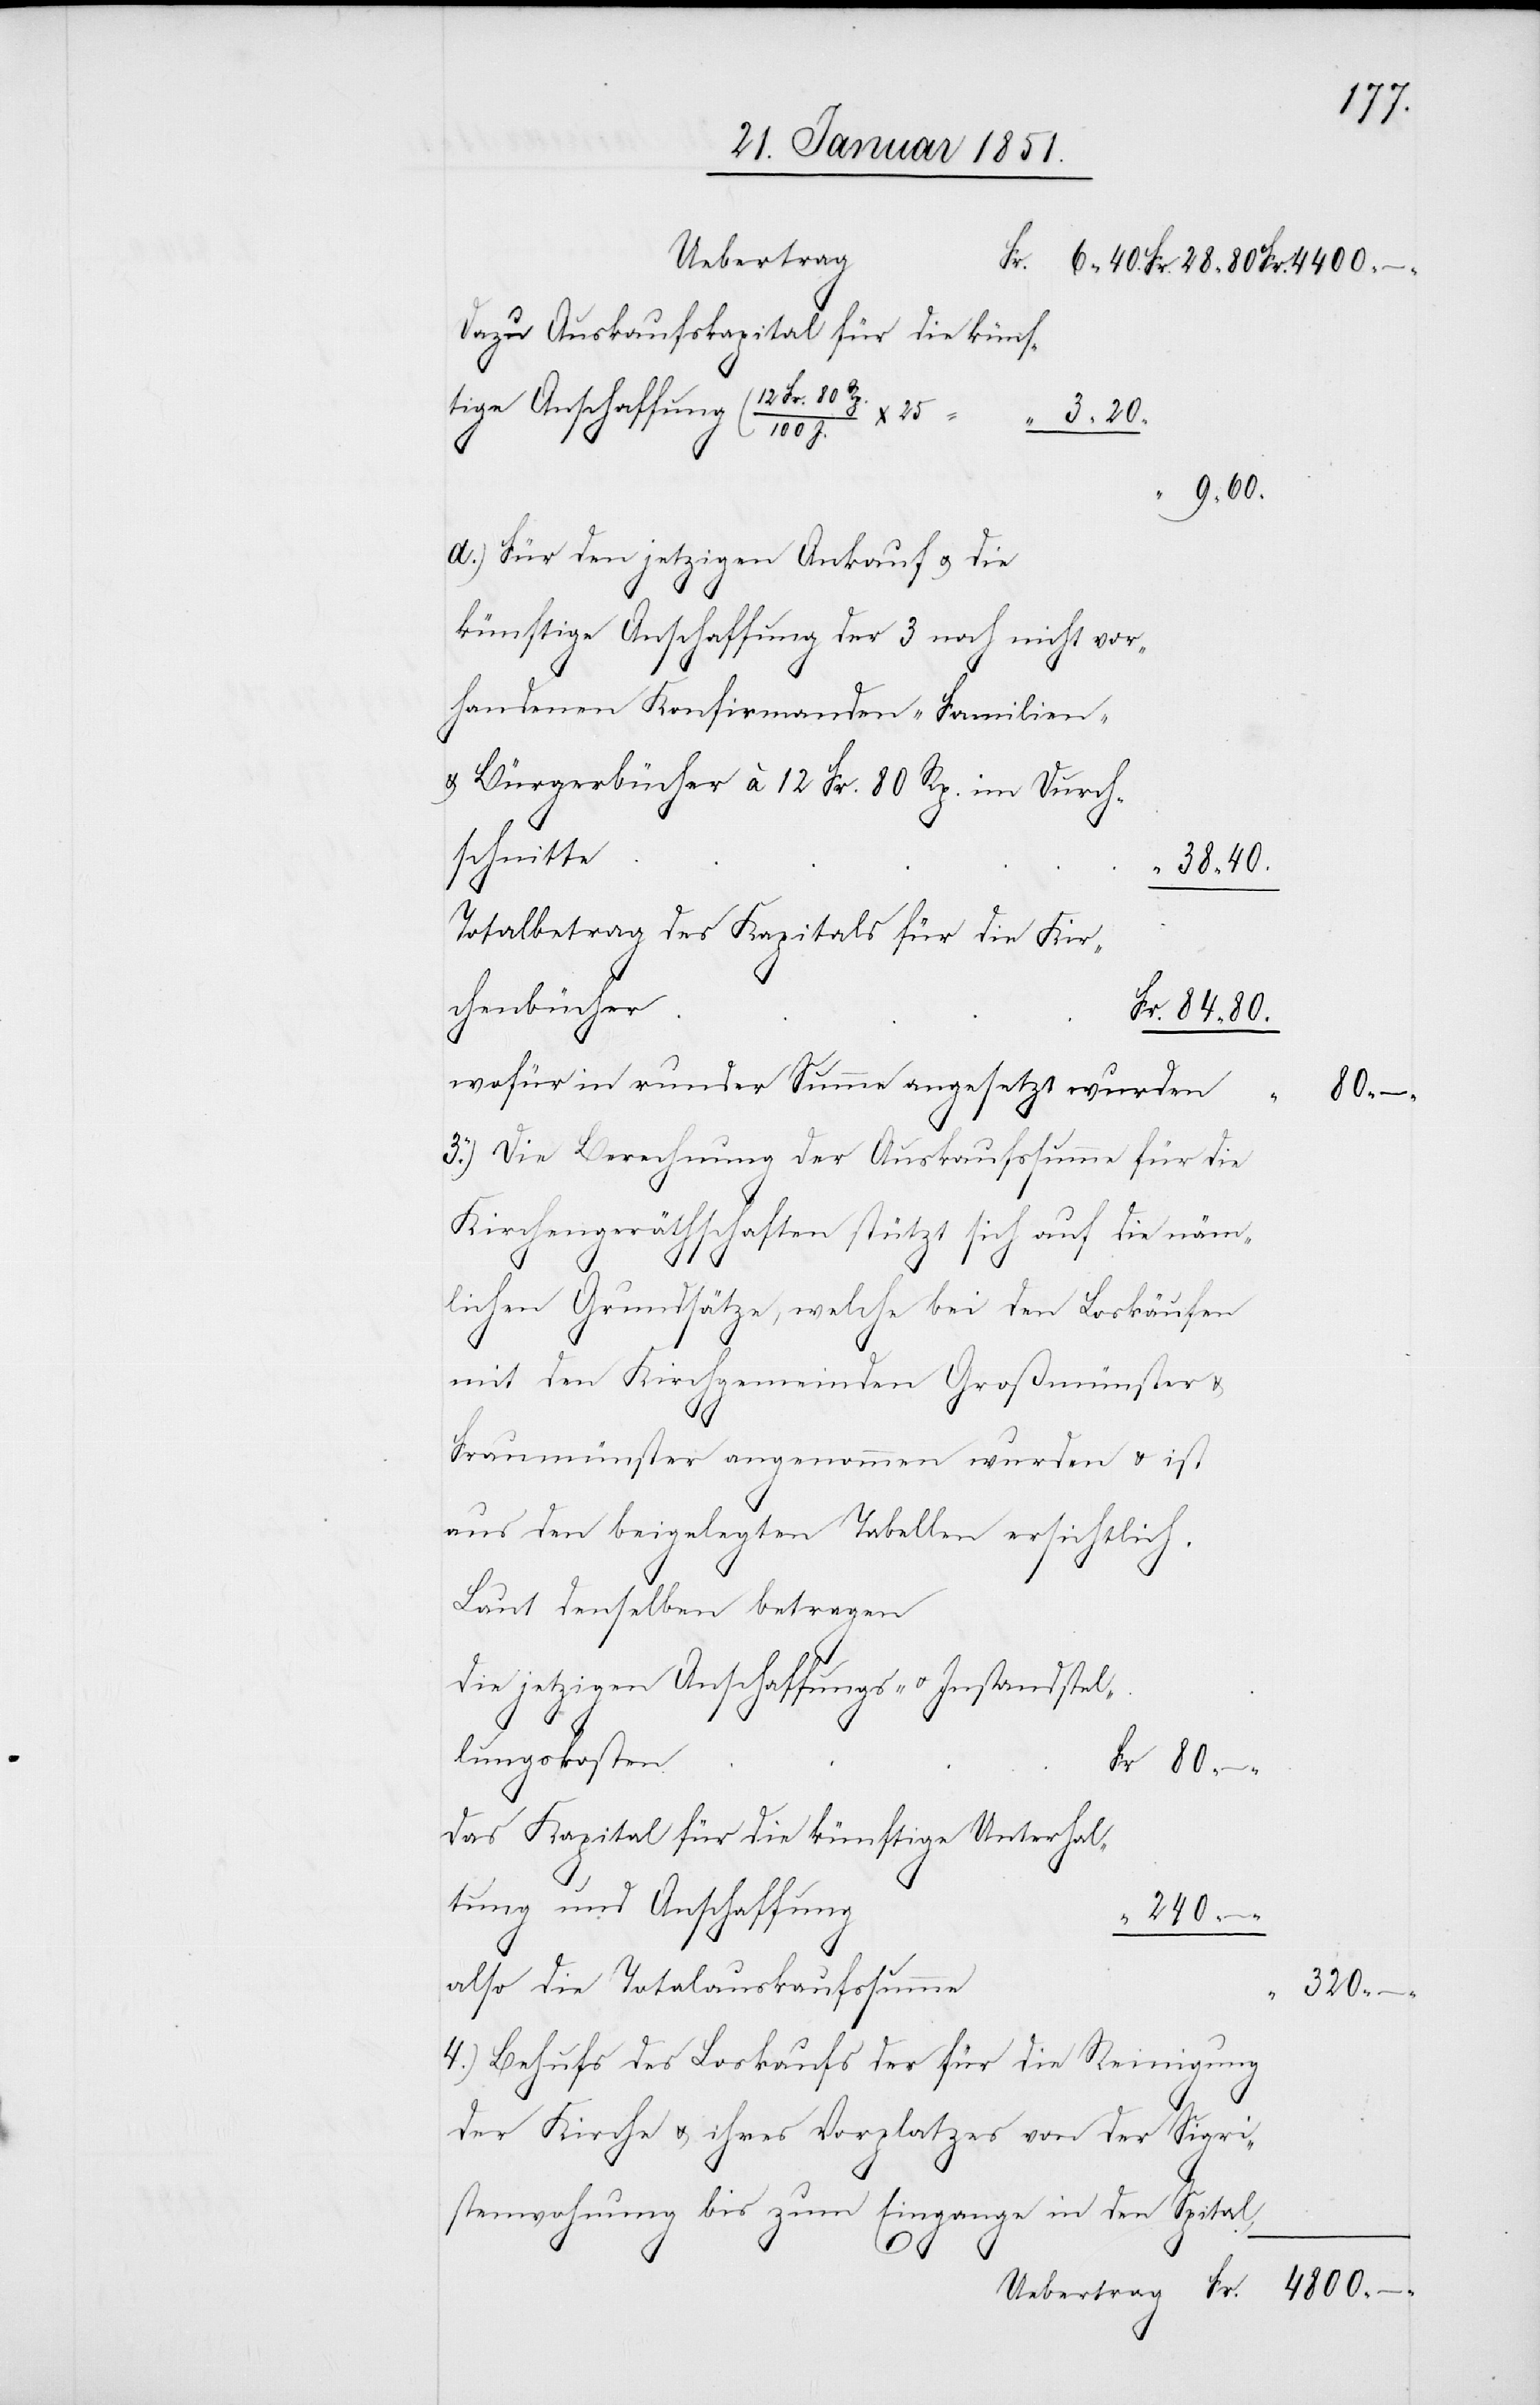
Uebertrag
Dazu Auskaufskapital für die künf¬
tige Anschaffung
Für den jetzigen Ankauf u. die
künftige Anschaffung der 3 noch nicht vor¬
handenen Konfirmanden-[,] Familien-
& Bürgerbücher à 12 Fr. 80 Rp. im Durch¬
schnitte
38 40.
Totalbetrag des Kapitals für die Kir¬
chenbücher
wofür in runder Summe angesetzt wurden
Die Berechnung der Auskaufssumme für die
Kirchengeräthschaften stützt sich auf die näm¬
lichen Grundsätze, welche bei den Loskäufen
mit den Kirchgemeinden Großmünster &
Fraumünster angenommen wurden & ist
aus den beigelegten Tabellen ersichtlich.
Laut denselben betragen
Die jetzigen Anschaffungs- u. Instandstel¬
Fr.
lungskosten
Das Kapital für die künftige Unterhal¬
tung und Anschaffung
“
also die Totalauskaufssumme
Behufs des Loskaufs der für die Reinigung
der Kirche & ihres Vorplatzes von der Sigri¬
stenwohnung bis zum Eingange in den Spital,
3.
4.)

320 –
4800 –